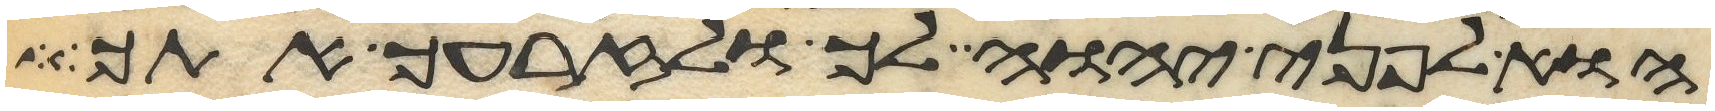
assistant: הוא לפני יהוה לך ולזרעך אתך